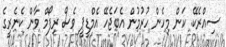
ސިއްރެކޭ. ކަން މިހެން ހުރުމުން އެބަޖެހޭ އެމްޑީޕީ ވެސް ރިފޯމް ވާން ކެނެރީގެ